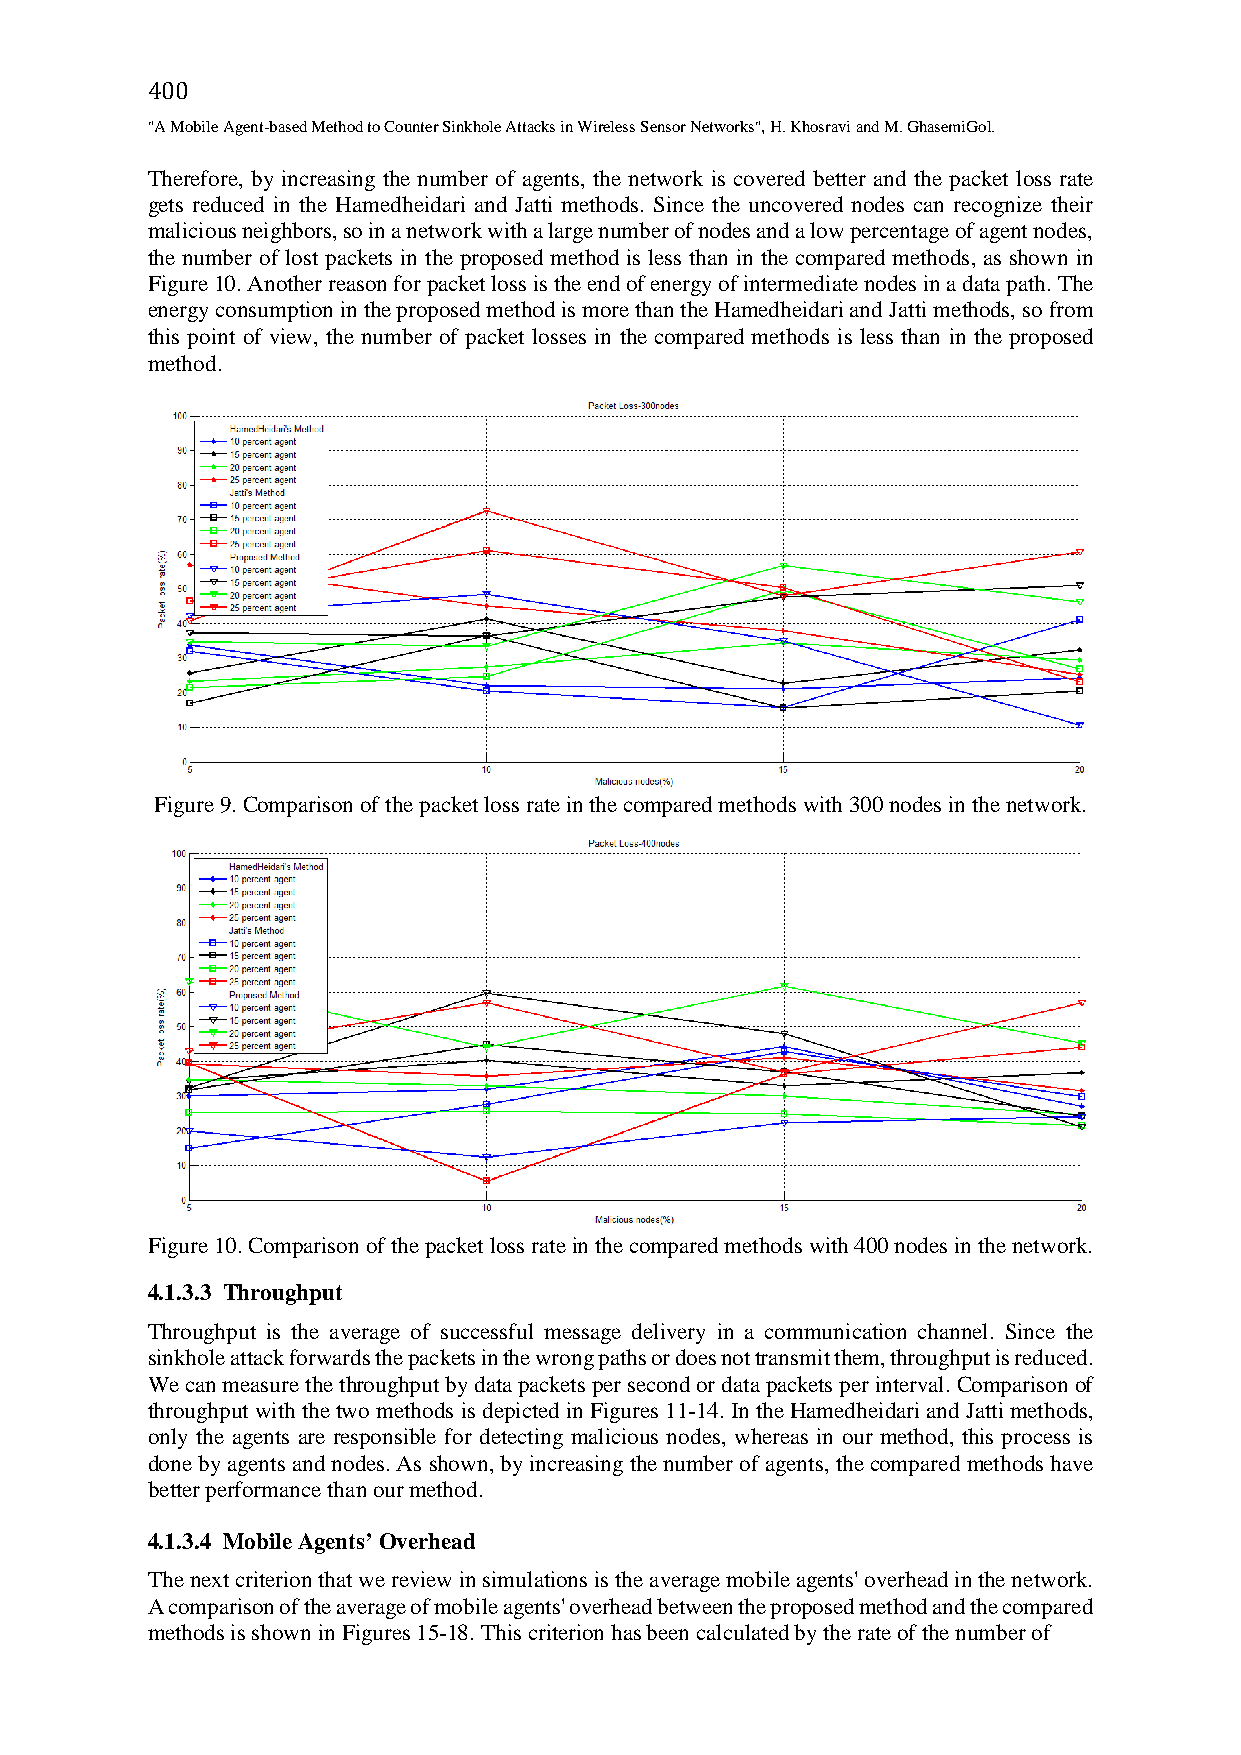
400
 "A Mobile Agent-based Method to Counter Sinkhole Attacks in Wireless Sensor Networks", H. Khosravi and M. GhasemiGol.
 Therefore, by increasing the number of agents, the network is covered better and the packet loss rate
 gets reduced in the Hamedheidari and Jatti methods. Since the uncovered nodes can recognize their
 malicious neighbors, so in a network with a large number of nodes and a low percentage of agent nodes,
 the number of lost packets in the proposed method is less than in the compared methods, as shown in
 Figure 10. Another reason for packet loss is the end of energy of intermediate nodes in a data path. The
 energy consumption in the proposed method is more than the Hamedheidari and Jatti methods, so from
 this point of view, the number of packet losses in the compared methods is less than in the proposed
 method.
 Figure 9. Comparison of the packet loss rate in the compared methods with 300 nodes in the network.
 Figure 10. Comparison of the packet loss rate in the compared methods with 400 nodes in the network.
 4.1.3.3 Throughput
 Throughput is the average of successful message delivery in a communication channel. Since the
 sinkhole attack forwards the packets in the wrong paths or does not transmit them, throughput is reduced.
 We can measure the throughput by data packets per second or data packets per interval. Comparison of
 throughput with the two methods is depicted in Figures 11-14. In the Hamedheidari and Jatti methods,
 only the agents are responsible for detecting malicious nodes, whereas in our method, this process is
 done by agents and nodes. As shown, by increasing the number of agents, the compared methods have
 better performance than our method.
 4.1.3.4 Mobile Agents’ Overhead
 The next criterion that we review in simulations is the average mobile agents' overhead in the network.
 A comparison of the average of mobile agents' overhead between the proposed method and the compared
 methods is shown in Figures 15-18. This criterion has been calculated by the rate of the number of